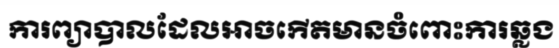
ការព្យាបាលដែលអាចកើតមានចំពោះការឆ្លង